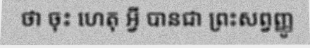
ថា ចុះ ហេតុ អ្វី បានជា ព្រះសព្វញ្ញូ